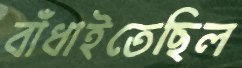
বাঁধাইতেছিল